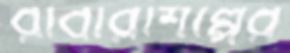
রাবারশিল্পের